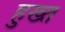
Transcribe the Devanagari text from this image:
हुख्त